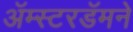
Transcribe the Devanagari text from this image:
अॅम्स्टरडॅमने